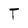
Character: T